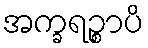
အက္ခရဉ္စာပိ